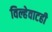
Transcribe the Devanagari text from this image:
विल्हेवाटही